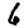
Digit: 6